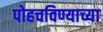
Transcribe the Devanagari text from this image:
पोहचविण्याच्या